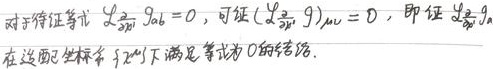
对于待证等式$\mathcal{L}_{\frac{\partial}{\partial x^{1}}}g_{\mu\nu}=0$，可证$(\mathcal{L}_{\frac{\partial}{\partial x^{1}}}g)_{\mu\nu}=0$，即证$\mathcal{L}_{\frac{\partial}{\partial x^{1}}}g_{\mu\nu}$在适配坐标系$\{ x^{\mu}\}$下满足等式为$0$的结论。